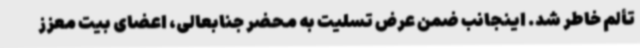
تألم خاطر شد. اینجانب ضمن عرض تسلیت به محضر جنابعالی، اعضای بیت معزز